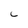
Character: C